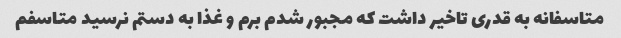
متاسفانه به قدری تاخیر داشت که مجبور شدم برم و غذا به دستم نرسید متاسفم